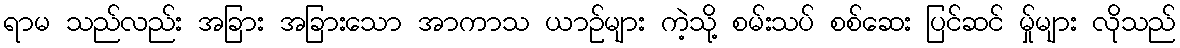
ရာမ သည်လည်း အခြား အခြားသော အာကာသ ယာဉ်များ ကဲ့သို့ စမ်းသပ် စစ်ဆေး ပြင်ဆင် မ်ှုများ လိုသည်